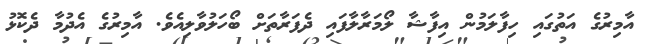
އާމިރުގެ އަތުގައި ހިފާލަމުން އިފާޝާ ލޯމަރާލާފައި ދެފަރާތަށް ބޯހަލުވާލިއެވެ. އާމިރުގެ އެދުމާ ދެކޮޅު